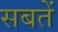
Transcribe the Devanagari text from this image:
सबतें